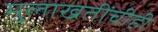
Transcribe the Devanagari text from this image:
मुलाखतींचीही